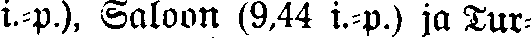
i.-p.), Saloon (9,44 i.-p.) ja Tur-